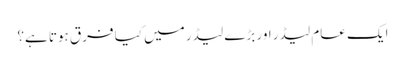
ایک عام لیڈر اور بڑے لیڈر میں کیا فرق ہوتا ہے؟